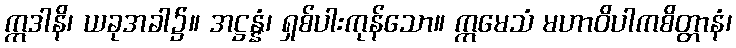
ဣဒါနိ၊ ယခုအခါ၌။ အဋ္ဌန္နံ၊ ရှစ်ပါးကုန်သော။ ဣမေသံ မဟာဝိပါကစိတ္တာနံ၊